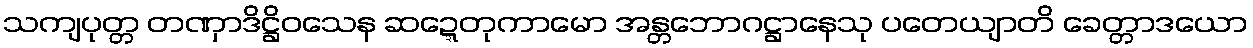
သကျပုတ္တ တဏှာဒိဋ္ဌိဝသေန ဆဍ္ဍေတုကာမော အန္တဘောဂဋ္ဌာနေသု ပတေယျာတိ ခေတ္တာဒယော